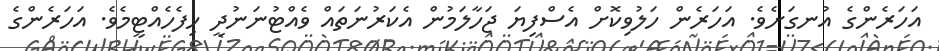
އަހަރެންގެ އުނގަށެވެ. އަހަރެން ހަލުވިކޮށް އެސްފިޔަ ޖަހާލަމުން އެކަރުނަތައް ވެއްޓުނަނުދީ ހިފެހެއްޓީމެވެ. އަހަރެންގެ